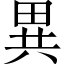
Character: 異